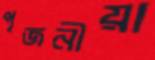
পূজনীয়া